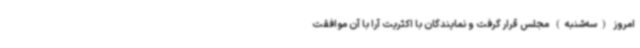
امروز (سه‌شنبه) مجلس قرار گرفت و نمایندگان با اکثریت آرا با آن موافقت